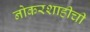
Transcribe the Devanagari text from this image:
नोकरशाहीची